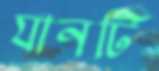
যানটি